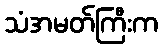
သံအမတ်ကြီးက